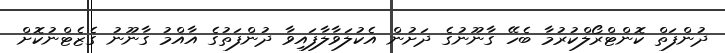
ދުންފަތް ކޮންޓްރޯލްކުރުމާ ބެހޭ ގާނޫނުގެ ދަށުން އެކުލަވާލާފައިވާ ދުންފަތުގެ އާއްމު ގާނޫނު ގެޒެޓްނުކޮށް